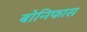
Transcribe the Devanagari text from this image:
बोनिफास